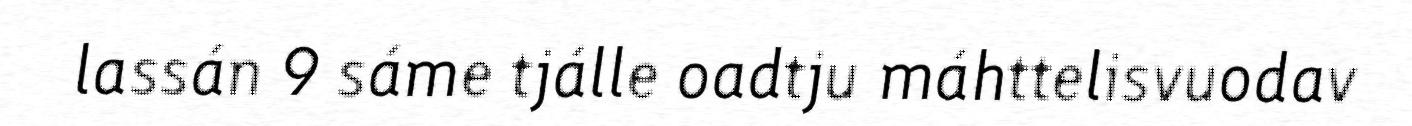
lassán 9 sáme tjálle oadtju máhttelisvuodav